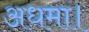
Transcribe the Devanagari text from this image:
अधमा।